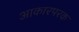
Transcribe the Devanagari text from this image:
आकारपरक